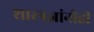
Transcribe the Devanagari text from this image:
शास्त्रज्ञांनीही